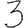
Digit: 3